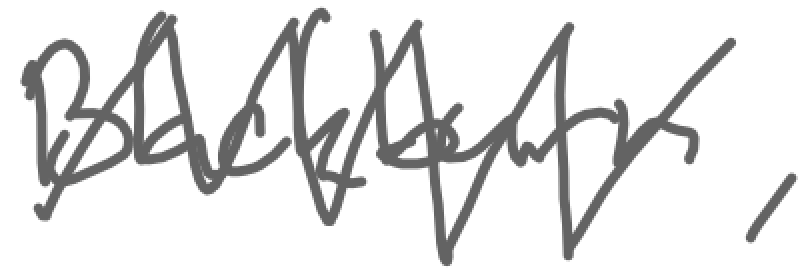
Text: Blackburn,
Cross-out: zig-zag
Writing tool: digital_gray